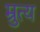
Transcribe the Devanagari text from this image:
म्रुत्य